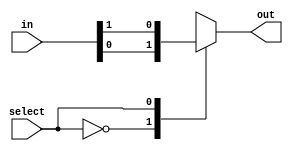
module f1_test_7(input [1:0] in, input select, output reg out);
always @( in or select)
    case (select)
	    0: out = in[0];
	    1: out = in[1];
	endcase
endmodule